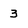
Character: 3